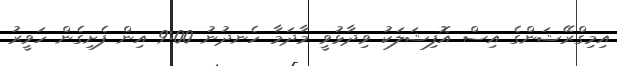
އިމިގްރޭޝަންގެ އިސް އޮފިޝަލަކު ވިދާޅުވީ މާދަމާ ހެނދުނު 9:00 އިން ފެށިގެން ހަވީރު